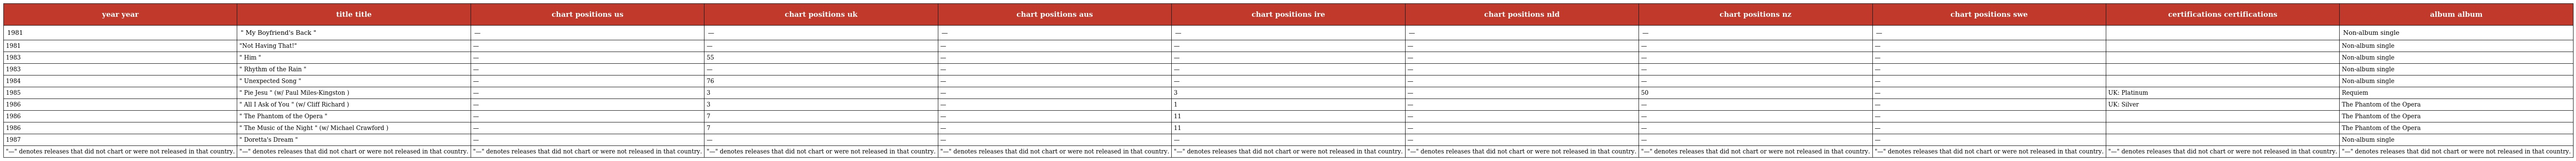
| year year | title title | chart positions us | chart positions uk | chart positions aus | chart positions ire | chart positions nld | chart positions nz | chart positions swe | certifications certifications | album album |
 | --- | --- | --- | --- | --- | --- | --- | --- | --- | --- | --- |
 | 1981 | " My Boyfriend's Back " | — | — | — | — | — | — | — |  | Non-album single |
 | 1981 | "Not Having That!" | — | — | — | — | — | — | — |  | Non-album single |
 | 1983 | " Him " | — | 55 | — | — | — | — | — |  | Non-album single |
 | 1983 | " Rhythm of the Rain " | — | — | — | — | — | — | — |  | Non-album single |
 | 1984 | " Unexpected Song " | — | 76 | — | — | — | — | — |  | Non-album single |
 | 1985 | " Pie Jesu " (w/ Paul Miles-Kingston ) | — | 3 | — | 3 | — | 50 | — | UK: Platinum | Requiem |
 | 1986 | " All I Ask of You " (w/ Cliff Richard ) | — | 3 | — | 1 | — | — | — | UK: Silver | The Phantom of the Opera |
 | 1986 | " The Phantom of the Opera " | — | 7 | — | 11 | — | — | — |  | The Phantom of the Opera |
 | 1986 | " The Music of the Night " (w/ Michael Crawford ) | — | 7 | — | 11 | — | — | — |  | The Phantom of the Opera |
 | 1987 | " Doretta's Dream " | — | — | — | — | — | — | — |  | Non-album single |
 | "—" denotes releases that did not chart or were not released in that country. | "—" denotes releases that did not chart or were not released in that country. | "—" denotes releases that did not chart or were not released in that country. | "—" denotes releases that did not chart or were not released in that country. | "—" denotes releases that did not chart or were not released in that country. | "—" denotes releases that did not chart or were not released in that country. | "—" denotes releases that did not chart or were not released in that country. | "—" denotes releases that did not chart or were not released in that country. | "—" denotes releases that did not chart or were not released in that country. | "—" denotes releases that did not chart or were not released in that country. | "—" denotes releases that did not chart or were not released in that country. |